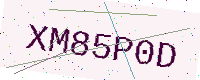
Text: XM85P0D